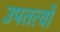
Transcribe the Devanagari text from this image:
उपतत्वों